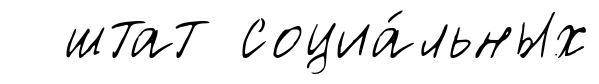
штат социа́льных